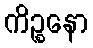
ကိဉ္စနော